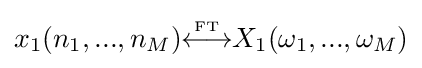
x_{1}(n_{1},...,n_{M}){\overset {\underset {\mathrm {FT} }{}}{\longleftrightarrow }}X_{1}(\omega _{1},...,\omega _{M})